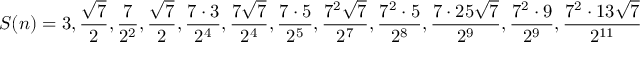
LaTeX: S ( n ) = 3 , { \frac { \sqrt { 7 } } { 2 } } , { \frac { 7 } { 2 ^ { 2 } } } , { \frac { \sqrt { 7 } } { 2 } } , { \frac { 7 \cdot 3 } { 2 ^ { 4 } } } , { \frac { 7 { \sqrt { 7 } } } { 2 ^ { 4 } } } , { \frac { 7 \cdot 5 } { 2 ^ { 5 } } } , { \frac { 7 ^ { 2 } { \sqrt { 7 } } } { 2 ^ { 7 } } } , { \frac { 7 ^ { 2 } \cdot 5 } { 2 ^ { 8 } } } , { \frac { 7 \cdot 2 5 { \sqrt { 7 } } } { 2 ^ { 9 } } } , { \frac { 7 ^ { 2 } \cdot 9 } { 2 ^ { 9 } } } , { \frac { 7 ^ { 2 } \cdot 1 3 { \sqrt { 7 } } } { 2 ^ { 1 1 } } } ,